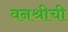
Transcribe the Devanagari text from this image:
वनश्रीची